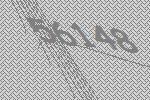
56148